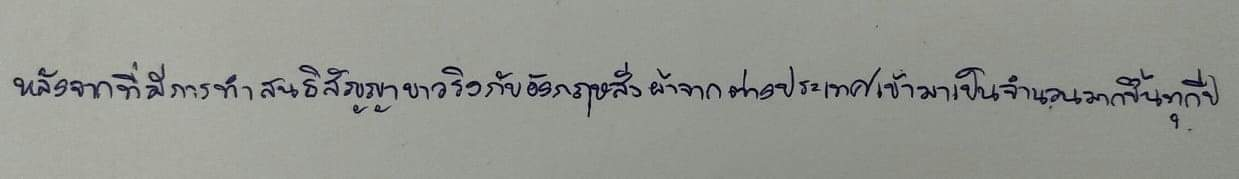
หลังจากที่มีการทำสนธิสัญญาบาวริงกับอังกฤษสั่งผ้าจากต่างประเทศเข้ามาเป็นจำนวนมากขึ้นทุกปี